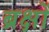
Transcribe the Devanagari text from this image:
ब्रक्षों